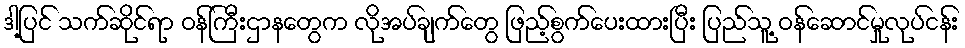
ဒါ့ပြင် သက်ဆိုင်ရာ ဝန်ကြီးဌာနတွေက လိုအပ်ချက်တွေ ဖြည့်စွက်ပေးထားပြီး ပြည်သူ့ ဝန်ဆောင်မှုလုပ်ငန်း